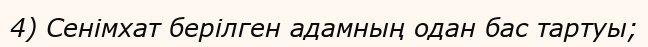
4) Сенімхат берілген адамның одан бас тартуы;